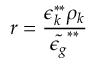
r = \frac { \epsilon _ { k } ^ { * * } \rho _ { k } } { \tilde { \epsilon _ { g } } ^ { * * } }